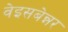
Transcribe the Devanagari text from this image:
वेइसबेन्नर